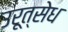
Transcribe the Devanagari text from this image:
उरूत्सेध